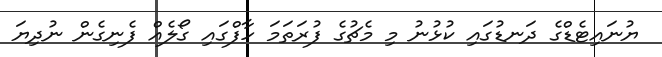
ޔުނައިޓެޑްގެ ދަނޑުގައި ކުޅުނު މި މެޗުގެ ފުރަތަމަ ހާފްގައި ގޯލެއް ފެނިގެން ނުދިޔަ